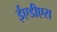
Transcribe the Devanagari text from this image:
ईएडीएस